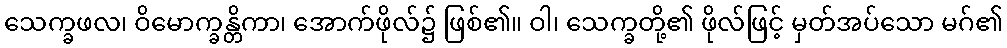
သေက္ခဖလ၊ ဝိမောက္ခန္တိကာ၊ အောက်ဖိုလ်၌ ဖြစ်၏။ ဝါ၊ သေက္ခတို့၏ ဖိုလ်ဖြင့် မှတ်အပ်သော မဂ်၏